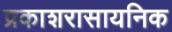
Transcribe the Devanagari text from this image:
प्रकाशरासायनिक